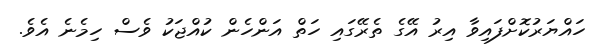
ހައްޔަރުކޮށްފައިވާ އިރު އޭގެ ތެރޭގައި ހަތް އަންހެން ކުއްޖަކު ވެސް ހިމެނެ އެވެ.